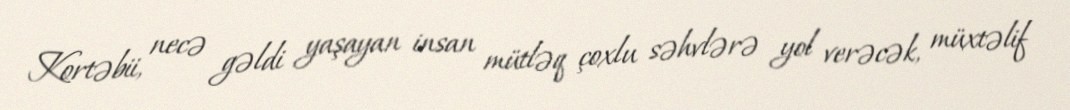
Kortəbii, necə gəldi yaşayan insan mütləq çoxlu səhvlərə yol verəcək, müxtəlif